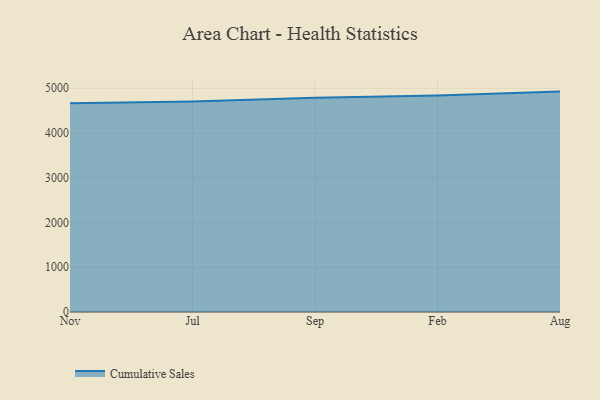
{"axis": {"x": "Month", "y": "Operating Costs (USD K)"}, "legend": ["Cumulative Sales"], "data": [{"x": "Nov", "y": 4666.7, "type": "Cumulative Sales"}, {"x": "Jul", "y": 4705.3, "type": "Cumulative Sales"}, {"x": "Sep", "y": 4790.1, "type": "Cumulative Sales"}, {"x": "Feb", "y": 4840.1, "type": "Cumulative Sales"}, {"x": "Aug", "y": 4926.1, "type": "Cumulative Sales"}]}